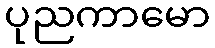
ပုညကာမော